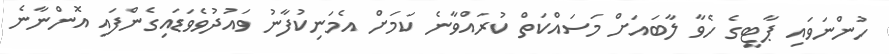
ހުންނަވައި ޕާޓީގެ ހެވާ ލާބައަށް މަސައްކަތް ކުރައްވާނެ ކަމަށް އެމަނިކުފާނު ވައުދުވެވަޑައިގެންފައި އޮންނާނެ